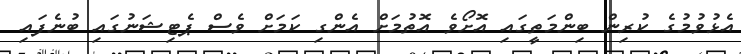
އެޅުވުމުގެ ކުރިން ބިންމަތީގައި އޮށޯވެ އޮތުމަށް އެންގި ކަމަށް ވެސް ޕެޓިޝަނުގައި ބުނެފައި